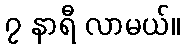
၇ နာရီ လာမယ်။